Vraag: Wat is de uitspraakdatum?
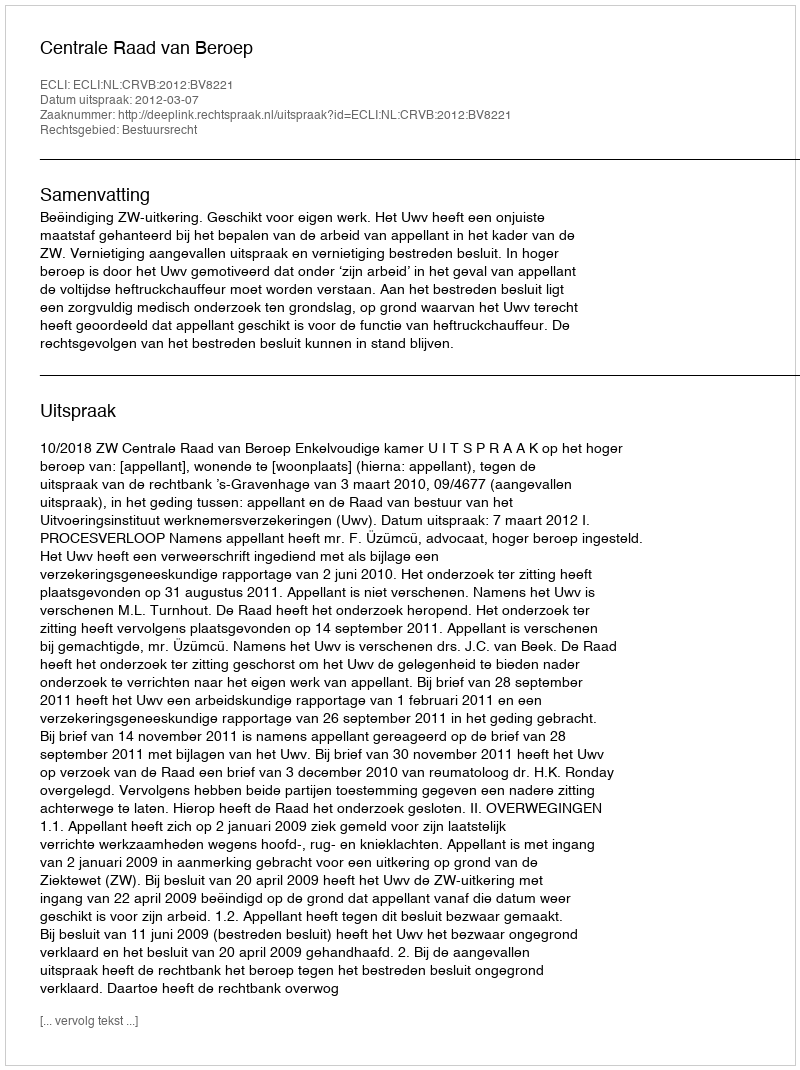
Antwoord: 2012-03-07